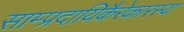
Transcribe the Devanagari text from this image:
साम्प्रदायिकैरेकारस्य